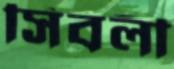
সিবলী